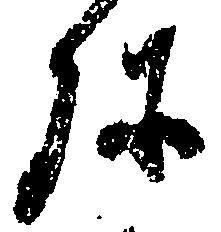
弥